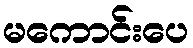
မကောင်းပေ